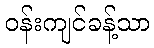
ဝန်းကျင်ခန့်သာ